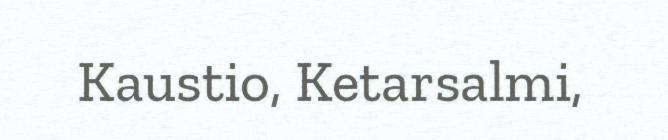
Kaustio, Ketarsalmi,